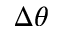
\Delta \theta